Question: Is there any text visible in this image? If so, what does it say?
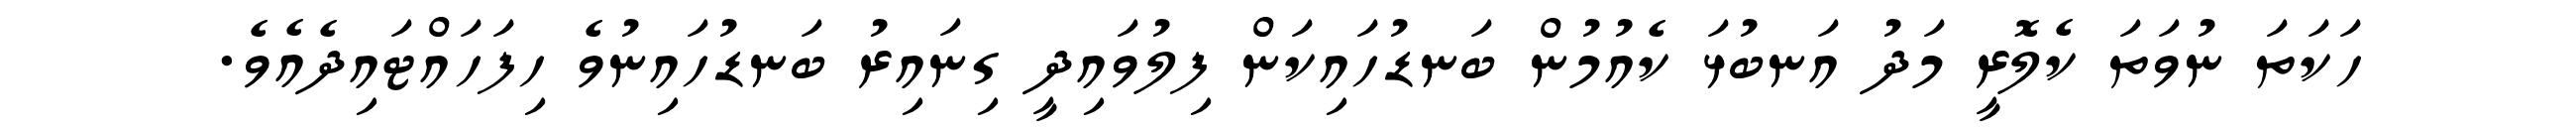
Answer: ހަކަތަ ނުވަތަ ކެލޮރީ މަދު އަނބުޅަ ކެއުމުން ބަނޑުހައިކަން ފިލުވައިދީ ގިނައިރު ބަނޑުހައިނުވެ ހިފަހައްޓައިދެއެވެ.